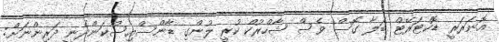
އޮނަރަރީ ޑޮކްޓަރޭޓް ބަލާ ގޮސް ވެސް ޝާހްރުކް ކުރީ ލުންގި ޑާންސްއިސްކަންދެނީ ދަރިންނަށް: